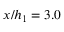
x / h _ { 1 } = 3 . 0